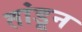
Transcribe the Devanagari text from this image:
तांडून